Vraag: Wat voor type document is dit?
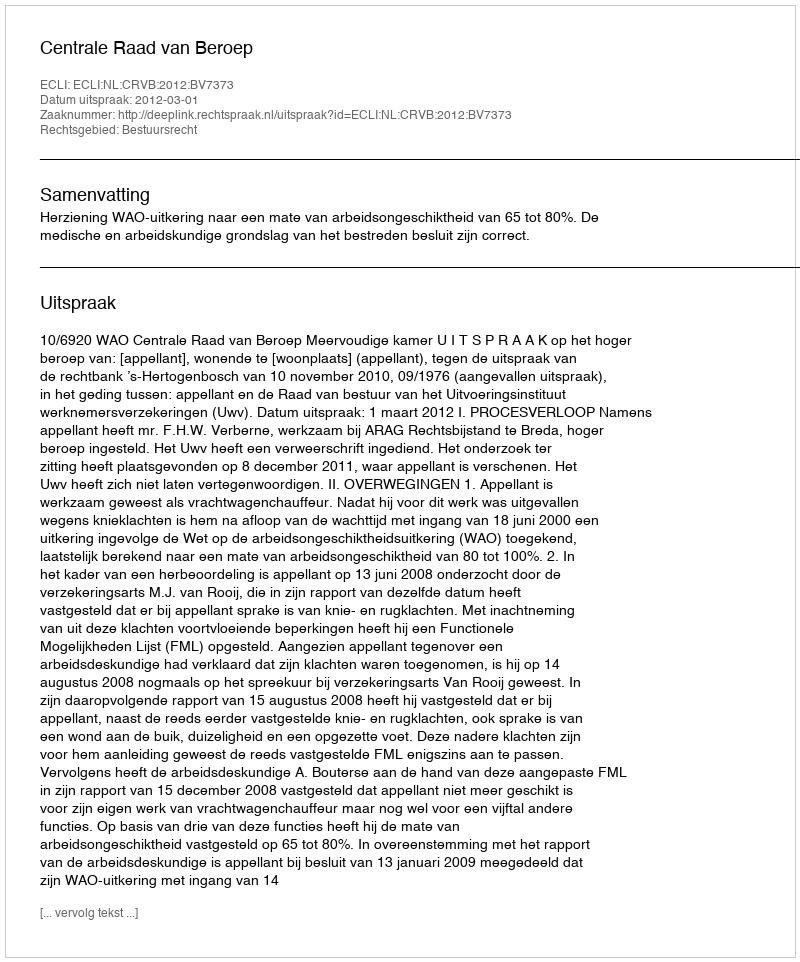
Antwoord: Uitspraak